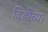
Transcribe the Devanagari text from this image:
दिडीच्या